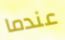
عندما